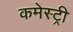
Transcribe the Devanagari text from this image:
कमेस्ट्री